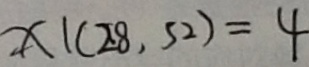
X \vert ( 2 8 , 5 2 ) = 4